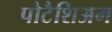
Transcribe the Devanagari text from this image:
पोटैशिअम